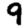
Digit: 9